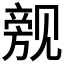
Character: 𲁙